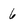
Character: 6